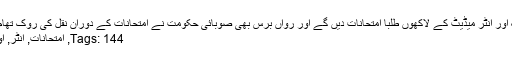
واضح رہے کہ کراچی میں 2 اپریل سے میٹرک اور انٹر میڈیٹ کے لاکھوں طلبا امتحانات دیں گے اور رواں برس بھی صوبائی حکومت نے امتحانات کے دوران نقل کی روک تھام کے لئے غیر معمولی اقدامات کا دعویٰ کیا ہے
Tags: 144, امتحانات, انٹر, اور, دفعہ, دوران, کراچی, کے, میٹرک, میں, نافذ